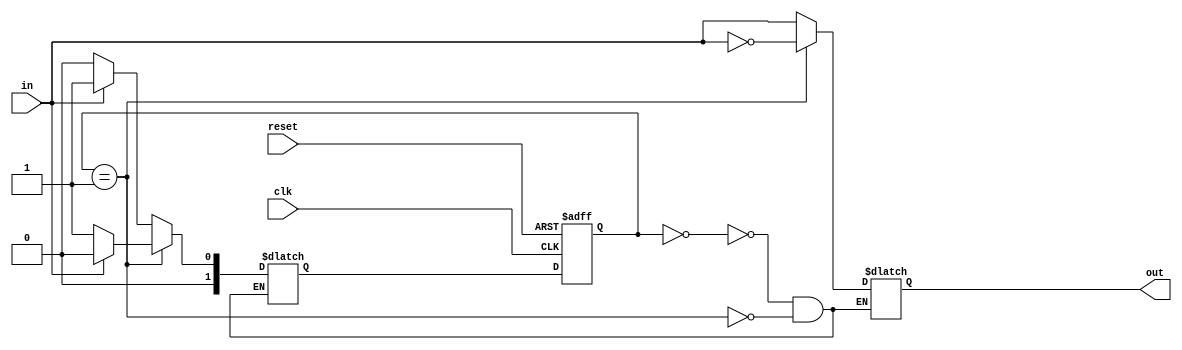
module mealy_state_machine(
    input clk,
    input reset,
    input in,
    output reg out
);

// Define states
parameter A = 2'b00;
parameter B = 2'b01;

// Define state register
reg [1:0] state, next_state;

// Define output logic
always @(state, in) begin
    case (state)
        A: begin
            out = in;
            next_state = in ? B : A;
        end
        B: begin
            out = ~in;
            next_state = in ? A : B;
        end
    endcase
end

// State transition
always @(posedge clk or posedge reset) begin
    if (reset) begin
        state <= A;
    end else begin
        state <= next_state;
    end
end

endmodule